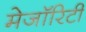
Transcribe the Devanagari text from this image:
मेजॉरिटी